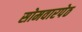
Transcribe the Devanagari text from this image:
सोमवारपेठ